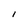
Character: I